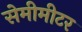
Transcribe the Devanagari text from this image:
सेमीमीटर